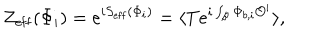
{ \cal Z } _ { \mathrm { e f f } } ( \Phi _ { i } ) = e ^ { i S _ { \mathrm { e f f } } ( \Phi _ { i } ) } = \langle T e ^ { i \int _ { \cal B } \Phi _ { b , i } { \cal O } ^ { i } } \rangle ,